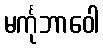
မင်္ကုဘာဝေါ